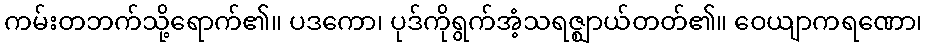
ကမ်းတဘက်သို့ရောက်၏။ ပဒကော၊ ပုဒ်ကိုရွက်အံ့သရဇ္ဈာယ်တတ်၏။ ဝေယျာကရဏော၊